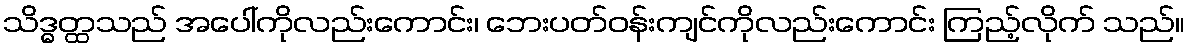
သိဒ္ဓတ္ထသည် အပေါ်ကိုလည်းကောင်း၊ ဘေးပတ်ဝန်းကျင်ကိုလည်းကောင်း ကြည့်လိုက် သည်။